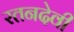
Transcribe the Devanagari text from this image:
रतनदेवी